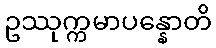
ဥဿုက္ကမာပန္နောတိ